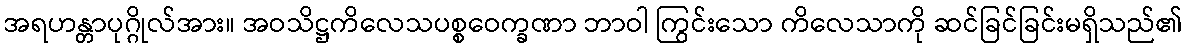
အရဟန္တာပုဂ္ဂိုလ်အား။ အဝသိဋ္ဌကိလေသပစ္စဝေက္ခဏာ ဘာဝါ ကြွင်းသော ကိလေသာကို ဆင်ခြင်ခြင်းမရှိသည်၏